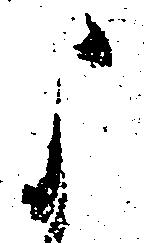
よ